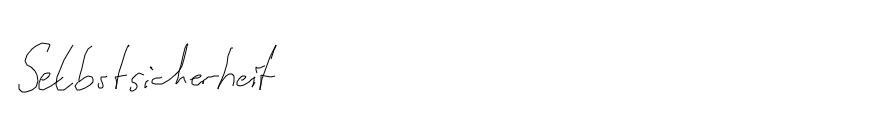
Selbstsicherheit